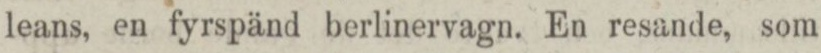
leans, en fyrspänd berlinervagn. En resande, som